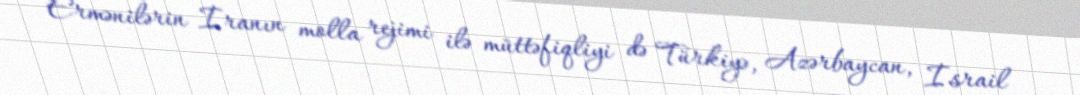
Ermənilərin İranın molla rejimi ilə müttəfiqliyi də Türkiyə, Azərbaycan, İsrail